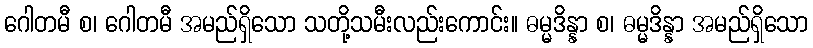
ဂေါတမီ စ၊ ဂေါတမီ အမည်ရှိသော သတို့သမီးလည်းကောင်း။ ဓမ္မဒိန္နာ စ၊ ဓမ္မဒိန္နာ အမည်ရှိသော